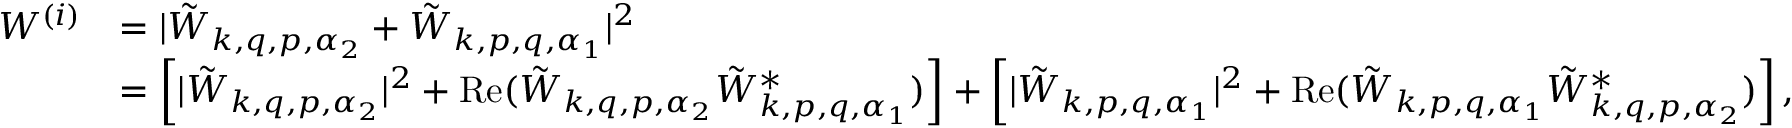
\begin{array} { r l } { W ^ { ( i ) } } & { = | \tilde { W } _ { \boldsymbol { k } , \boldsymbol { q } , \boldsymbol { p } , \alpha _ { 2 } } + \tilde { W } _ { \boldsymbol { k } , \boldsymbol { p } , \boldsymbol { q } , \alpha _ { 1 } } | ^ { 2 } } \\ & { = \left[ | \tilde { W } _ { \boldsymbol { k } , \boldsymbol { q } , \boldsymbol { p } , \alpha _ { 2 } } | ^ { 2 } + \mathrm { R e } ( \tilde { W } _ { \boldsymbol { k } , \boldsymbol { q } , \boldsymbol { p } , \alpha _ { 2 } } \tilde { W } _ { \boldsymbol { k } , \boldsymbol { p } , \boldsymbol { q } , \alpha _ { 1 } } ^ { * } ) \right] + \left[ | \tilde { W } _ { \boldsymbol { k } , \boldsymbol { p } , \boldsymbol { q } , \alpha _ { 1 } } | ^ { 2 } + \mathrm { R e } ( \tilde { W } _ { \boldsymbol { k } , \boldsymbol { p } , \boldsymbol { q } , \alpha _ { 1 } } \tilde { W } _ { \boldsymbol { k } , \boldsymbol { q } , \boldsymbol { p } , \alpha _ { 2 } } ^ { * } ) \right] , } \end{array}